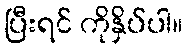
ပြီးရင် ကိုနှိပ်ပါ။